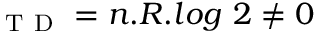
_ { \mathrm { ~ T ~ D ~ } } = n . R . l o g \textit { } 2 \neq 0